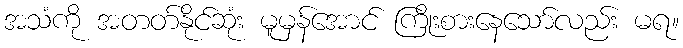
အသံကို အတတ်နိုင်ဆုံး မူမှန်အောင် ကြိုးစားနေသော်လည်း မရ။